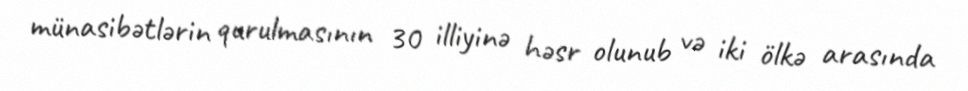
münasibətlərin qurulmasının 30 illiyinə həsr olunub və iki ölkə arasında